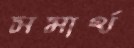
সমার্থ